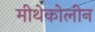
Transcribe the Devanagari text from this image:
मीथेकोलीन